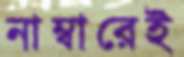
নাম্বারেই